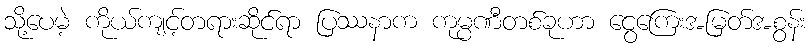
သို့ပေမဲ့ ကိုယ်ကျင့်တရားဆိုင်ရာ ပြဿနာက ကုမ္ပဏီတစ်ခုဟာ ငွေကြေးအမြတ်အစွန်း